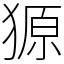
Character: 獂